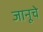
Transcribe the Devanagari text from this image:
जानूचे